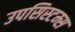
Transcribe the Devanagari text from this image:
उपसिस्टम्स